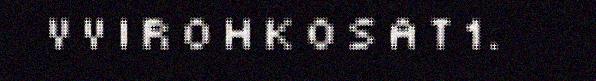
V V I R O H K O S A T 1.